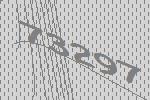
73297